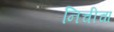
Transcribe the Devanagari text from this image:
निचीचा